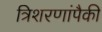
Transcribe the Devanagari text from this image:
त्रिशरणांपैकी